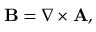
\begin{array} { r } { \mathbf { B } = \nabla \times \mathbf { A } , } \end{array}